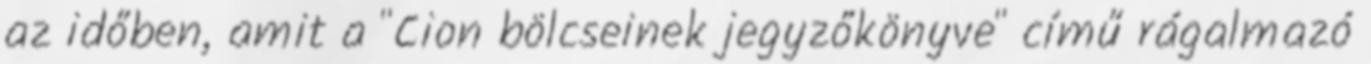
az időben, amit a "Cion bölcseinek jegyzőkönyve" című rágalmazó